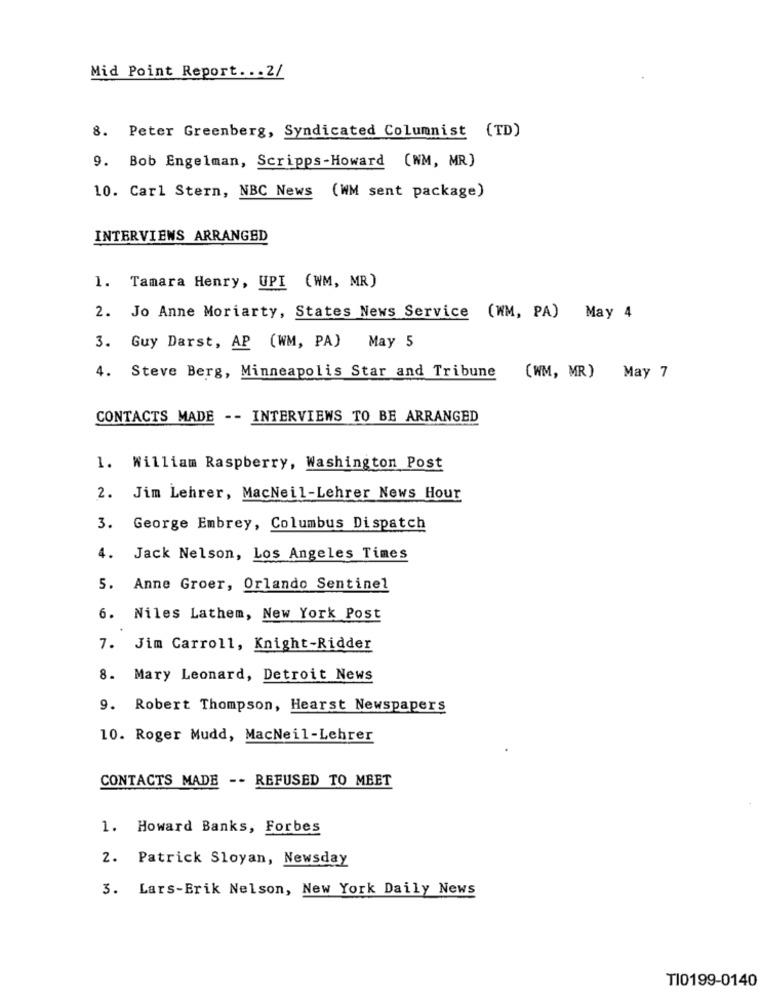
Mid Point Report ... 2/
8. Peter Greenberg, Syndicated Columnist (TD)
9. Bob Engelman, Scripps-Howard (WM, MR)
10. Carl Stern, NBC News (WM sent package)
INTERVIEWS ARRANGED
1. Tamara Henry, UPI (WM, MR)
2. Jo Anne Moriarty, States News Service (WM, PA) May 4
3. Guy Darst, AP (WM, PA) May 5
4. Steve Berg, Minneapolis Star and Tribune
(WM, MR) May 7
CONTACTS MADE -- INTERVIEWS TO BE ARRANGED
1. William Raspberry, Washington Post
2. Jim Lehrer, MacNeil-Lehrer News Hour
3. George Embrey, Columbus Dispatch
4. Jack Nelson, Los Angeles Times
5. Anne Groer, Orlando Sentinel
6. Niles Lathem, New York Post
7. Jim Carroll, Knight-Ridder
8. Mary Leonard, Detroit News
9. Robert Thompson, Hearst Newspapers
10. Roger Mudd, MacNeil-Lehrer
CONTACTS MADE -- REFUSED TO MEET
1. Howard Banks, Forbes
2. Patrick Sloyan, Newsday
3. Lars-Erik Nelson, New York Daily News
TI0199-0140